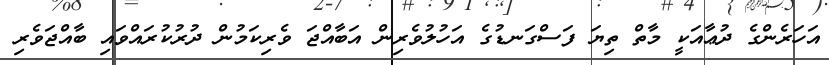
އަހަރެންގެ ދުޢާއަކީ މާތް ތިޔަ ފަސްގަނޑުގެ އަހުލުވެރިން އަބާއްޖަ ވެރިކަމުން ދުރުކުރައްވައި ބާއްޖަވެރި